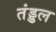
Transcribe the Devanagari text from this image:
तंड्डल